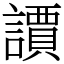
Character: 䜖